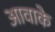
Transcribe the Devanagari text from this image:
आवाके